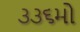
૩૩૬મો